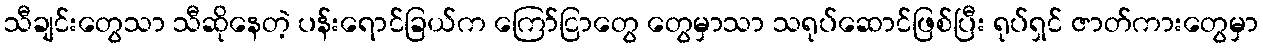
သီချင်းတွေသာ သီဆိုနေတဲ့ ပန်းရောင်ခြယ်က ကြော်ငြာတွေ တွေမှာသာ သရုပ်ဆောင်ဖြစ်ပြီး ရုပ်ရှင် ဇာတ်ကားတွေမှာ